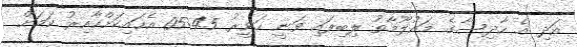
އަދި އެ ހާދިސާގެ މައުލޫމާތު ލިބިފައި ވަނީ ހަވީރު 05:45 އެހައިކަށްހާއިރު ކަމަށް